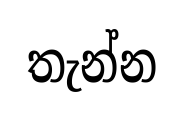
තැන්න